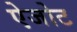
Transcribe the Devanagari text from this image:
ऐजोट